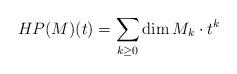
LaTeX: \begin{align*} HP(M)(t)= \sum_{k\geq 0} \dim M_k\cdot t^k \end{align*}